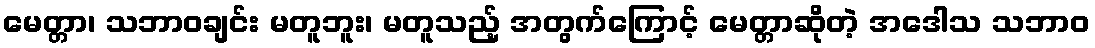
မေတ္တာ၊ သဘာဝချင်း မတူဘူး၊ မတူသည့် အတွက်ကြောင့် မေတ္တာဆိုတဲ့ အဒေါသ သဘာဝ